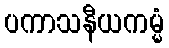
ပကာသနီယကမ္မံ